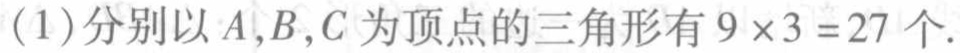
(1)分别以\(A,B,C\)为顶点的三角形有\(9\times3 = 27\)个.